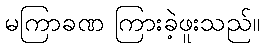
မကြာခဏ ကြားခဲ့ဖူးသည်။